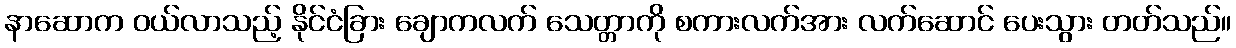
နာဆောက ဝယ်လာသည့် နိုင်ငံခြား ချောကလက် သေတ္တာကို စကားလက်အား လက်ဆောင် ပေးသွား တတ်သည်။